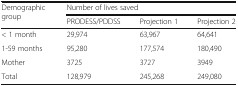
<table><thead><tr><td rowspan="2"><b>Demographic group</b></td><td colspan="3"><b>Number of lives saved</b></td></tr><tr><td><b>PRODESS/PDDSS</b></td><td><b>Projection 1</b></td><td><b>Projection 2</b></td></tr></thead><tbody><tr><td>&lt; 1 month</td><td>29,974</td><td>63,967</td><td>64,641</td></tr><tr><td>1-59 months</td><td>95,280</td><td>177,574</td><td>180,490</td></tr><tr><td>Mother</td><td>3725</td><td>3727</td><td>3949</td></tr><tr><td>Total</td><td>128,979</td><td>245,268</td><td>249,080</td></tr></tbody></table>